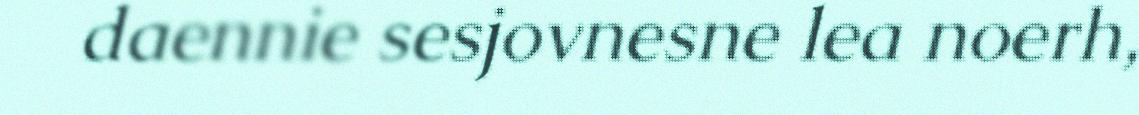
daennie sesjovnesne lea noerh,